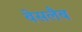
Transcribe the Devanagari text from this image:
बेसलैब